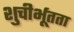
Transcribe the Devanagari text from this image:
शुचीर्भूतता